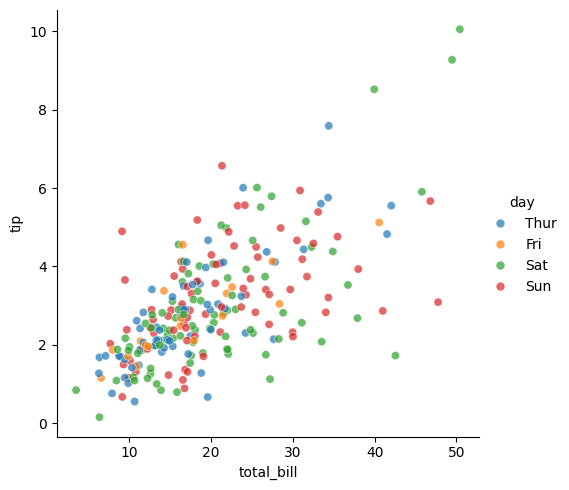
python, seaborn, relplot, alpha=0.7